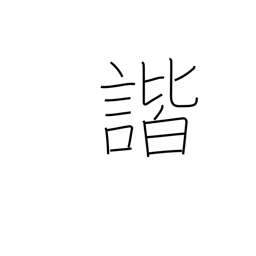
Meaning: harmony